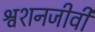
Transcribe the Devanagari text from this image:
श्वशनजीवी